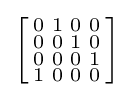
\left[{\begin{smallmatrix}0&1&0&0\\0&0&1&0\\0&0&0&1\\1&0&0&0\\\end{smallmatrix}}\right]